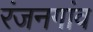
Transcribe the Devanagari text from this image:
रंजनगांव